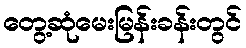
တွေ့ဆုံမေးမြန်းခန်းတွင်